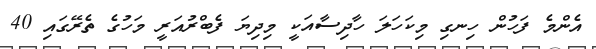
އެންމެ ފަހުން ހިނގި މިކަހަލަ ހާދިސާއަކީ މިދިޔަ ފެބްރުއަރީ މަހުގެ ތެރޭގައި 40